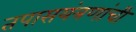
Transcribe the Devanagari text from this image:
तपासयंत्रणांची